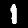
Digit: 1